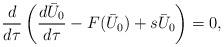
LaTeX: \begin{align*}\frac{d}{d\tau}\left(\frac{d\bar{U}_0}{d \tau}-F(\bar{U}_0)+s\bar{U}_0\right)=0,\end{align*}